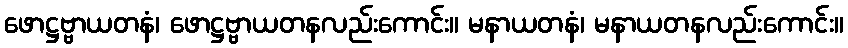
ဖောဋ္ဌဗ္ဗာယတနံ၊ ဖောဋ္ဌဗ္ဗာယတနလည်းကောင်း။ မနာယတနံ၊ မနာယတနလည်းကောင်း။